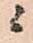
ニ